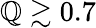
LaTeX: \mathbb{Q}\gtrsim0.7